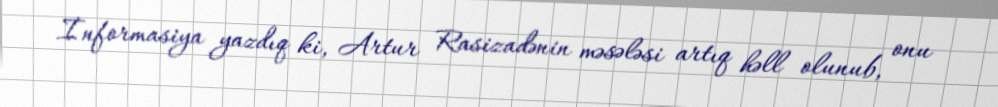
İnformasiya yazdıq ki, Artur Rasizadənin məsələsi artıq həll olunub, onu